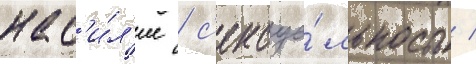
нас'и́л'ие / с'ексуа́льность /